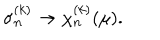
LaTeX: \sigma _ { n } ^ { ( k ) } \rightarrow \chi _ { n } ^ { ( k ) } ( \mu ) .